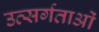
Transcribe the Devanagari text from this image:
उत्सर्गताओं